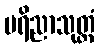
ပရိညာသုတ္တံ